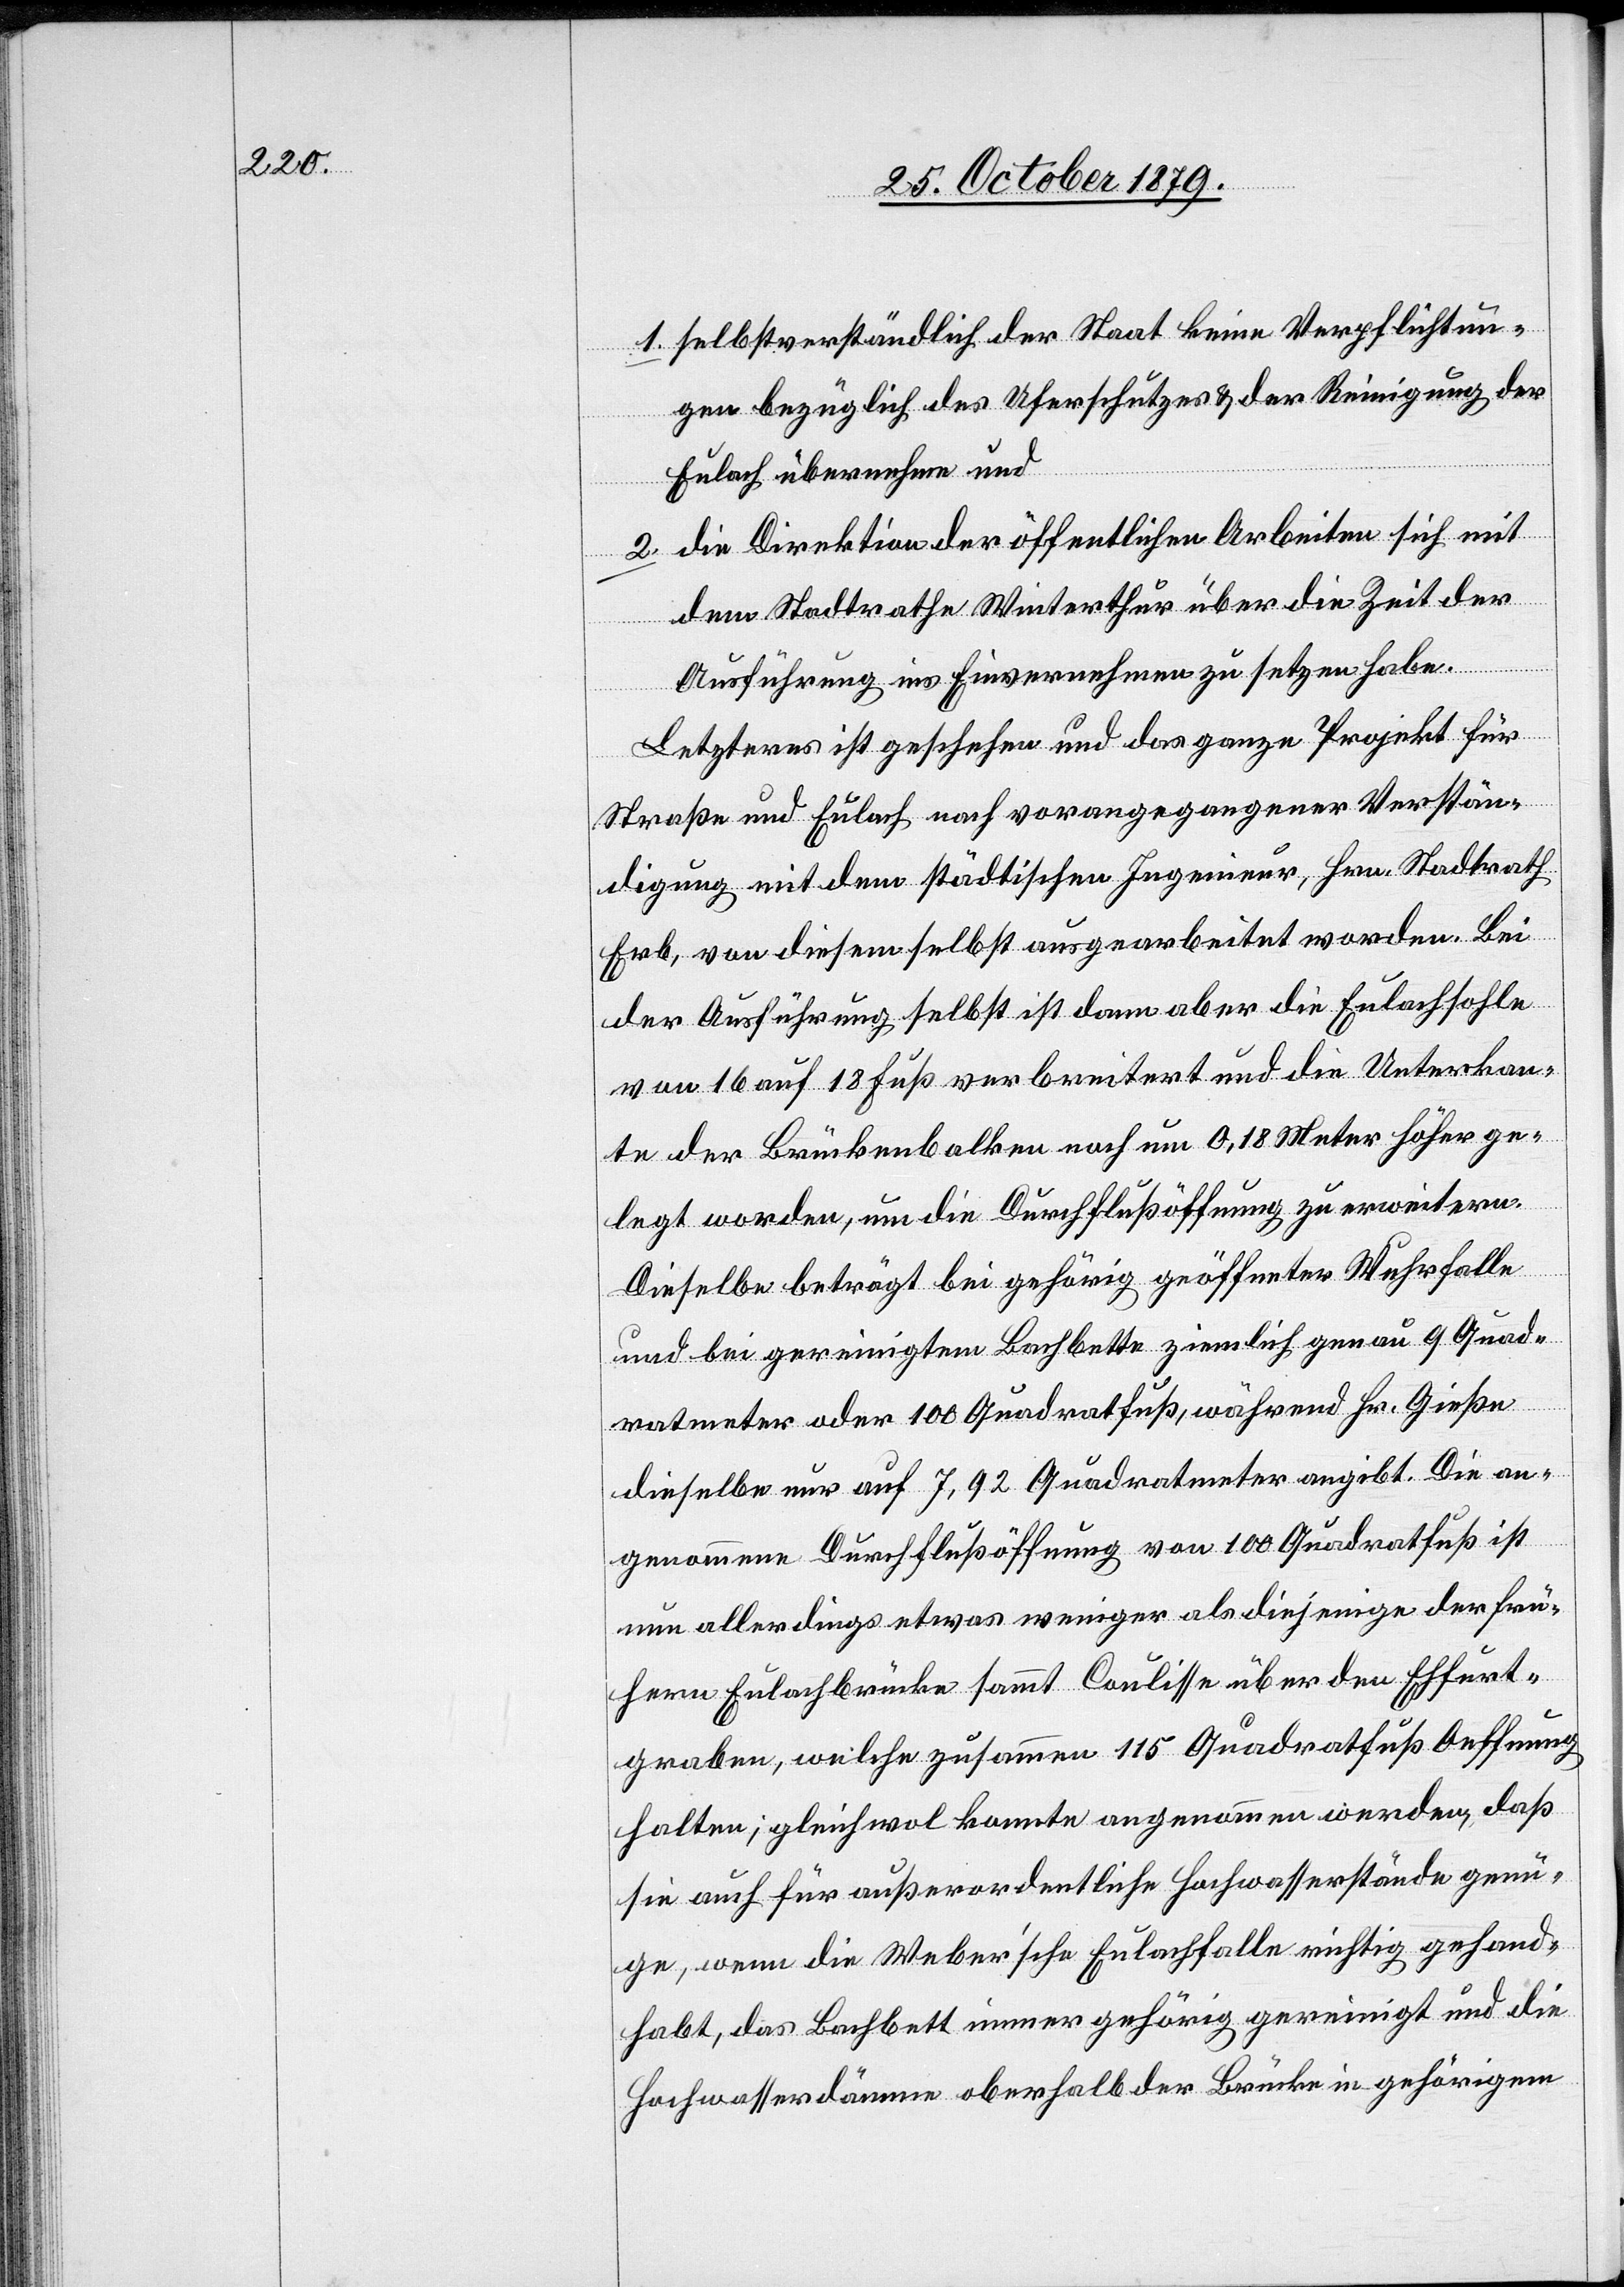
1. selbstverständlich der Staat keine Verpflichtun¬
gen bezüglich des Uferschutzes & der Reinigung der
Eulach übernehmen und
2. die Direktion der öffentlichen Arbeiten sich mit
dem Stadtrathe Winterthur über die Zeit der
Ausführung ins Einvernehmen zu setzen habe.
Letzteres ist geschehen und das ganze Projekt für
Straße und Eulach nach vorangegangener Verstän¬
digung mit dem städtischen Ingenieur, Hrn. Stadtrath
Erb, von diesem selbst ausgearbeitet worden. Bei
der Ausführung selbst ist dann aber die Eulachsohle
von 16 auf 18 Fuß verbreitert und die Unterkan¬
te der Brückenbalken noch um 0,18 Meter höher ge¬
legt worden, um die Durchflußöffnung zu erweitern.
Dieselbe beträgt bei gehörig geöffneter Wuhrfalle
und bei gereinigtem Bachbette ziemlich genau 9 Quad¬
ratmeter oder 100 Quadratfuß, während Hr. Gieße
dieselbe nur auf 7,92 Quadratmeter angibt. Die an¬
genommene Durchflußöffnung von 100 Quadratfuß ist
nun allerdings etwas weniger als diejenige der frü¬
hern Eulachbrücke sammt Coulisse über den Effurt¬
graben welche zusammen 115 Quadratfuß Oeffnung
halten; gleichwol konnte angenommen werden, daß
sie auch für außerordentliche Hochwasserstände genü¬
gen, wenn die Weber’sche Eulachfalle richtig gehand¬
habt, das Bachbett immer gehörig gereinigt und die
Hochwasserdämme oberhalb der Brücke in gehörigem